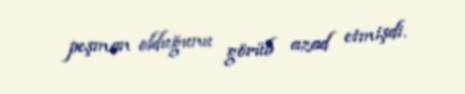
peşman olduğunu görüb azad etmişdi.